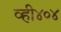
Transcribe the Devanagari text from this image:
व्ही४०४